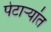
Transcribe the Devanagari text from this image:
पेटाऱ्यांत